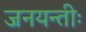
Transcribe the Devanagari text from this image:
जनयन्तीः